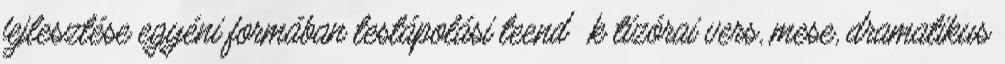
fejlesztése egyéni formában testápolási teendık tízórai vers, mese, dramatikus